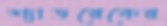
শ্যাডরেকের